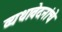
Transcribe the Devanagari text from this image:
व्यथावेदनांचे